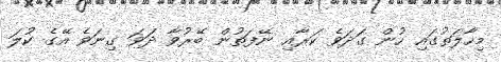
މިހާލަތުގައި ހުން ގަދަވެ ކަރާއި ނޭފަތުން ބޭރުވާ ދަވަ ގިނަވެ އޭގެ ކުލަ